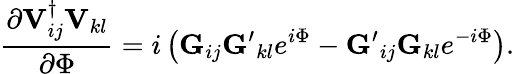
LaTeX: \frac{\partial{\mathbf V}_{ij}^{\dagger}{\mathbf V}_{kl}}{\partial\Phi}=i\left({\mathbf G}_{ij}{\mathbf G^{\prime}}_{kl}e^{i\Phi}-{\mathbf G^{\prime}}_{ij}{\mathbf G}_{kl}e^{-i\Phi}\right).